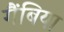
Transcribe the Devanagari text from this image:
गैंबिया